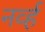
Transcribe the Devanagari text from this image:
नर्व्ह